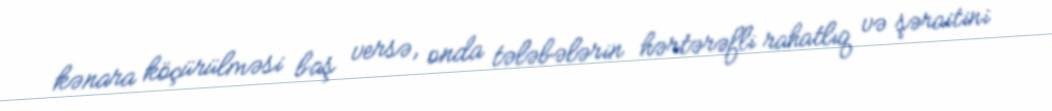
kənara köçürülməsi baş versə, onda tələbələrin hərtərəfli rahatlıq və şəraitini